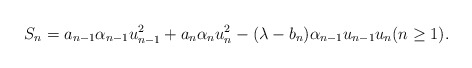
\begin{align*} S_n = a_{n-1} \alpha_{n-1} u_{n-1}^2 + a_n \alpha_n u_n^2 - (\lambda - b_n) \alpha_{n-1} u_{n-1} u_n (n \geq 1).\end{align*}